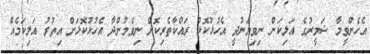
އެހެންވީމާ ޟަމީރުގެ އަލިކަން ނިވިޔަނުދީ އެހުޅުކޮޅު ރައްކާތެރިކޮށް ނިވެމުންދާ އެހުޅުކޮޅަށް އިތުރު އަލިކަމެއް